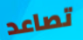
تصاعد